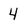
Character: 4